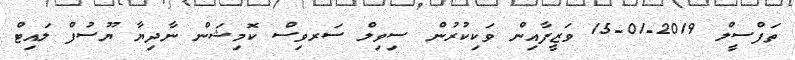
ތަފްސީލް 2019-01-15 ވަޒީފާއިން ވަކިކުރުން ސިވިލް ސަރވިސް ކޮމިޝަން ނާދިޔާ ޔޫސުފް ލައިޓް